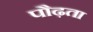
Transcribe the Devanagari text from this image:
पौढ़ता